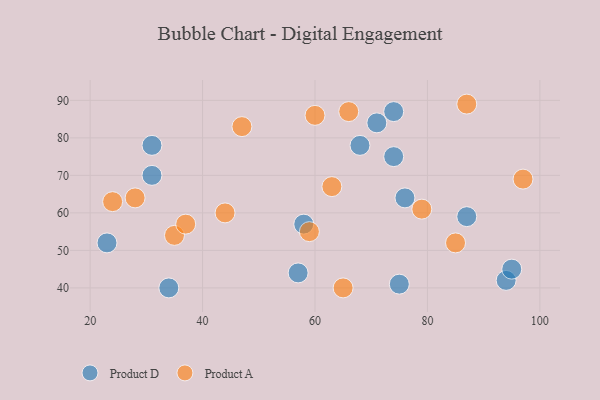
{"axis": {"x": "GDP", "y": "Life Expectancy"}, "legend": ["Product A", "Product D"], "data": [{"x": "68", "y": 78, "type": "Product D"}, {"x": "71", "y": 84, "type": "Product D"}, {"x": "94", "y": 42, "type": "Product D"}, {"x": "57", "y": 44, "type": "Product D"}, {"x": "31", "y": 70, "type": "Product D"}, {"x": "87", "y": 59, "type": "Product D"}, {"x": "74", "y": 87, "type": "Product D"}, {"x": "23", "y": 52, "type": "Product D"}, {"x": "34", "y": 40, "type": "Product D"}, {"x": "75", "y": 41, "type": "Product D"}, {"x": "95", "y": 45, "type": "Product D"}, {"x": "31", "y": 78, "type": "Product D"}, {"x": "74", "y": 75, "type": "Product D"}, {"x": "76", "y": 64, "type": "Product D"}, {"x": "58", "y": 57, "type": "Product D"}, {"x": "65", "y": 40, "type": "Product A"}, {"x": "47", "y": 83, "type": "Product A"}, {"x": "44", "y": 60, "type": "Product A"}, {"x": "66", "y": 87, "type": "Product A"}, {"x": "28", "y": 64, "type": "Product A"}, {"x": "35", "y": 54, "type": "Product A"}, {"x": "85", "y": 52, "type": "Product A"}, {"x": "97", "y": 69, "type": "Product A"}, {"x": "37", "y": 57, "type": "Product A"}, {"x": "59", "y": 55, "type": "Product A"}, {"x": "63", "y": 67, "type": "Product A"}, {"x": "79", "y": 61, "type": "Product A"}, {"x": "24", "y": 63, "type": "Product A"}, {"x": "87", "y": 89, "type": "Product A"}, {"x": "60", "y": 86, "type": "Product A"}]}